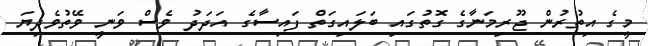
މީގެ އިތުރުން ޖޫރިމަނާގެ ގޮތުގައި ބަލައިގަތް ފައިސާގެ އަދަދު ވެސް ވަނީ ވޭތުވެދިޔަ